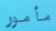
مأمور